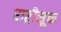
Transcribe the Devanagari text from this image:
राष्ट्रीसूक्त